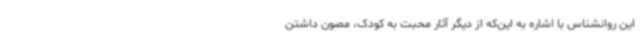
این روانشناس با اشاره به این‌که از دیگر آثار محبت به کودک، مصون داشتن